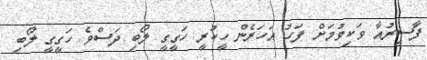
ފާސިރުއާ ވަކިވުމަށް ފަހު އަހަރެން ހީކުރީ ހަގީގީ ލޯބި ދަސްވެ ހަގީގީ ލޯބި